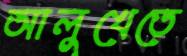
আলুখেতে